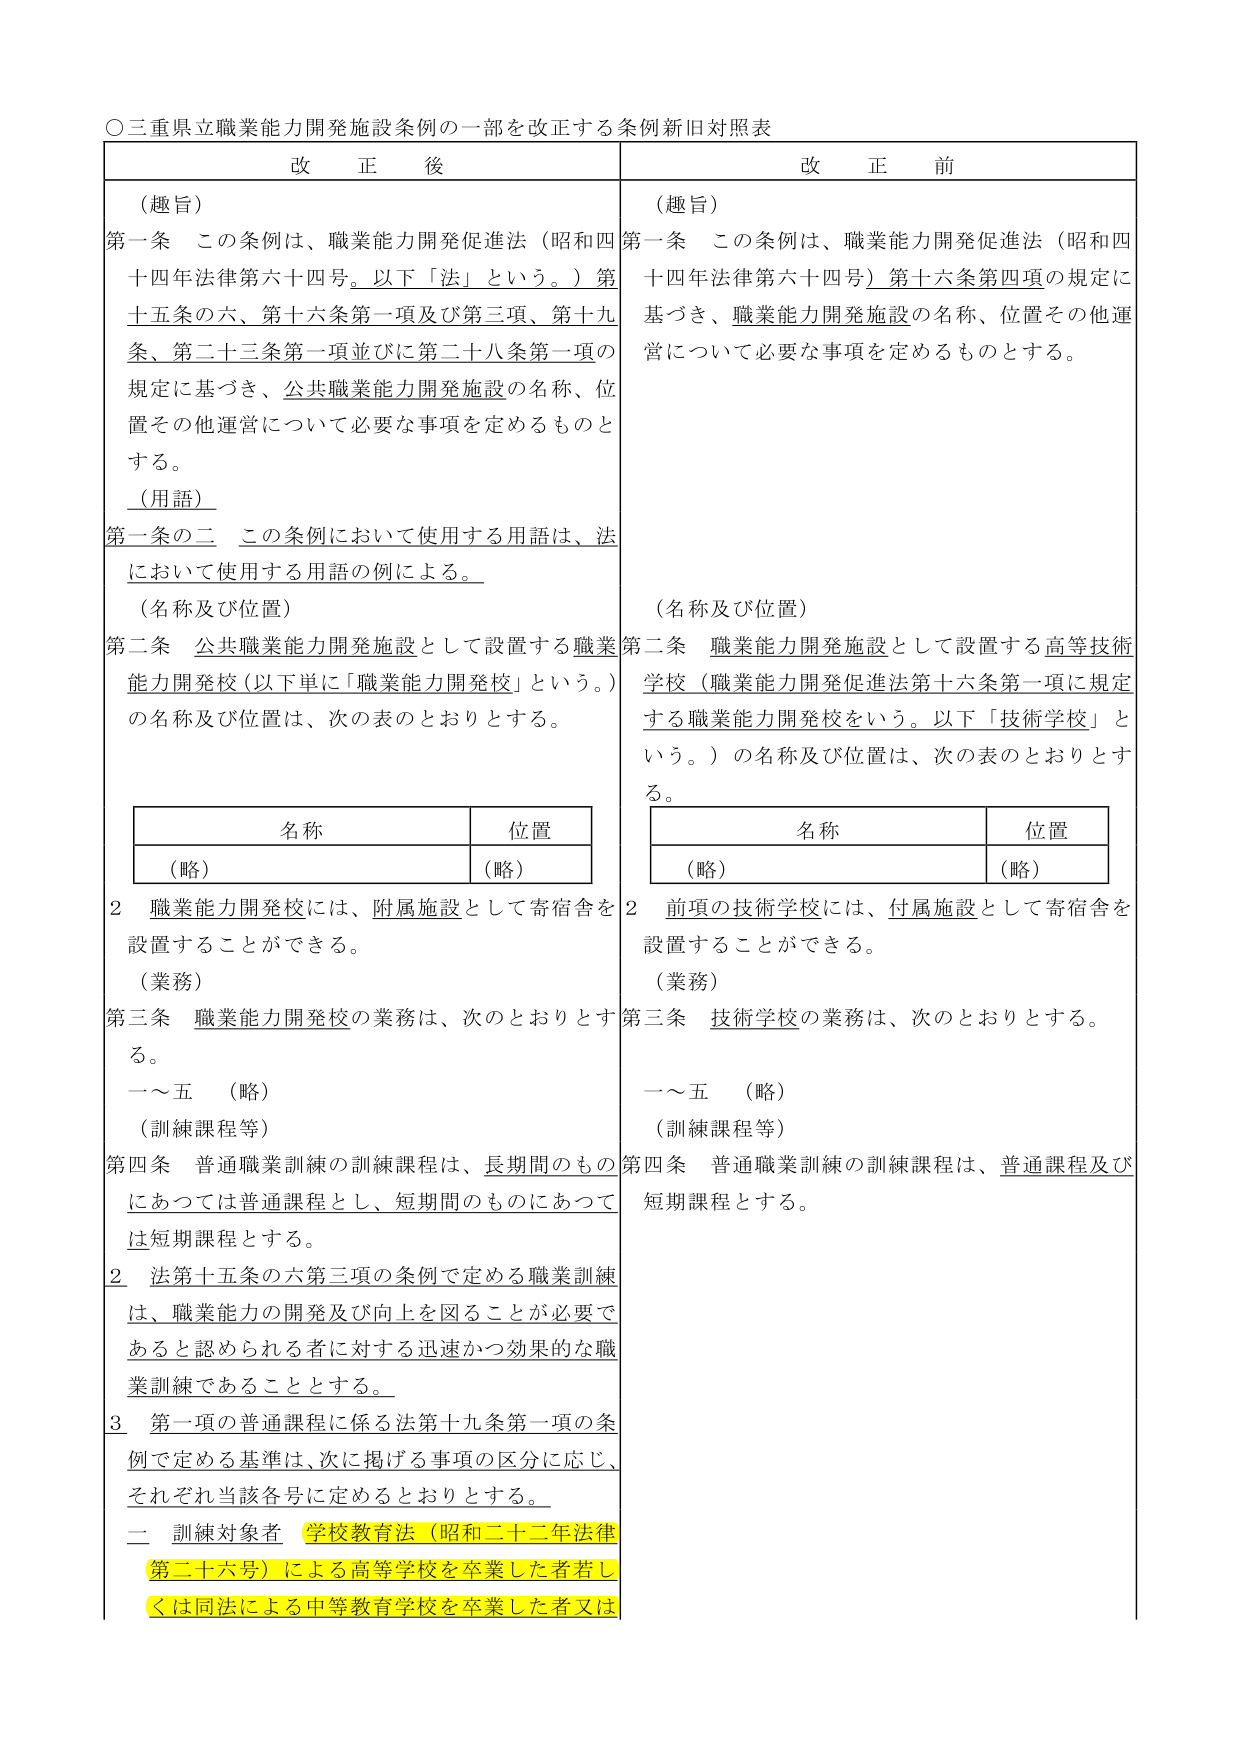
○三重県立職業能力開発施設条例の一部を改正する条例新旧対照表

改正後

（趣旨）
第一条　この条例は、職業能力開発促進法（昭和四十四年法律第六十四号。以下「法」という。）第十五条の六、第十六条第一項及び第三項、第十九条、第二十三条第一項並びに第二十八条第一項の規定に基づき、公共職業能力開発施設の名称、位置その他運営について必要な事項を定めるものとする。

（用語）
第一条の二　この条例において使用する用語は、法において使用する用語の例による。

（名称及び位置）
第二条　公共職業能力開発施設として設置する職業能力開発校（以下単に「職業能力開発校」という。）の名称及び位置は、次の表のとおりとする。

　　名称　　　　　　　位置
　　（略）　　　　　　（略）

２　職業能力開発校には、附属施設として寄宿舎を設置することができる。

（業務）
第三条　職業能力開発校の業務は、次のとおりとする。
　　一～五　（略）

（訓練課程等）
第四条　普通職業訓練の訓練課程は、長期間のものにあつては普通課程とし、短期間のものにあつては短期課程とする。

２　法第十五条の六第三項の条例で定める職業訓練は、職業能力の開発及び向上を図ることが必要であると認められる者に対する迅速かつ効果的な職業訓練であることとする。

３　第一項の普通課程に係る法第十九条第一項の条例で定める基準は、次に掲げる事項の区分に応じ、それぞれ当該各号に定めるとおりとする。

　　二　訓練対象者　学校教育法（昭和二十二年法律第二十六号）による高等学校を卒業した者若しくは同法による中等教育学校を卒業した者又は

改正前

（趣旨）
第一条　この条例は、職業能力開発促進法（昭和四十四年法律第六十四号）第十六条第四項の規定に基づき、職業能力開発施設の名称、位置その他運営について必要な事項を定めるものとする。

（名称及び位置）
第二条　職業能力開発施設として設置する高等技術学校（職業能力開発促進法第十六条第一項に規定する職業能力開発校をいう。以下「技術学校」という。）の名称及び位置は、次の表のとおりとする。

　　名称　　　　　　　位置
　　（略）　　　　　　（略）

２　前項の技術学校には、付属施設として寄宿舎を設置することができる。

（業務）
第三条　技術学校の業務は、次のとおりとする。
　　一～五　（略）

（訓練課程等）
第四条　普通職業訓練の訓練課程は、普通課程及び短期課程とする。